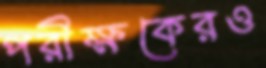
পরীক্ষকেরও